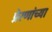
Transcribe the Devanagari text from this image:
प्रेरणांच्या